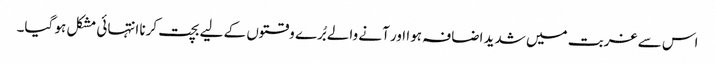
اس سے غربت میں شدید اضافہ ہوا اور آنے والے بُرے وقتوں کے لیے بچت کرنا انتہائی مشکل ہو گیا۔